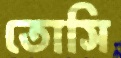
তোসি